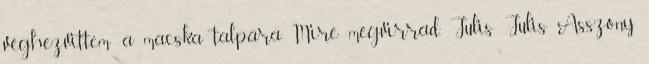
véghezvittem: a macska talpára Mire megvirrad. Julis Julis Asszony